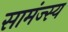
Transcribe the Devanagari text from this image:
सामंज्स्य